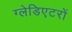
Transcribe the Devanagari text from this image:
ग्लेडिएटरों